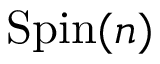
{ \mathrm { S p i n } } ( n )